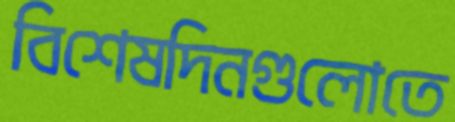
বিশেষদিনগুলোতে